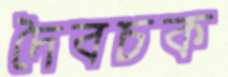
দৈবচক